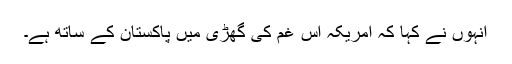
انہوں نے کہا کہ امریکہ اس غم کی گھڑی میں پاکستان کے ساتھ ہے۔